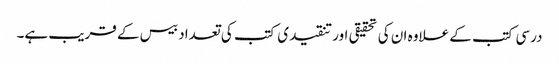
درسی کتب کے علاوہ ان کی تحقیقی اور تنقیدی کتب کی تعداد بیس کے قریب ہے۔